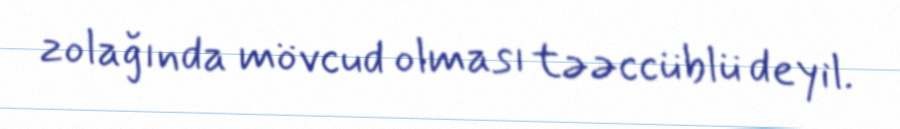
zolağında mövcud olması təəccüblü deyil.